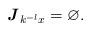
LaTeX: \begin{align*}\textbf{\emph{J}}_{k^{-l}x}=\varnothing.\end{align*}